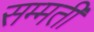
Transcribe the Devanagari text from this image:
सम्मती